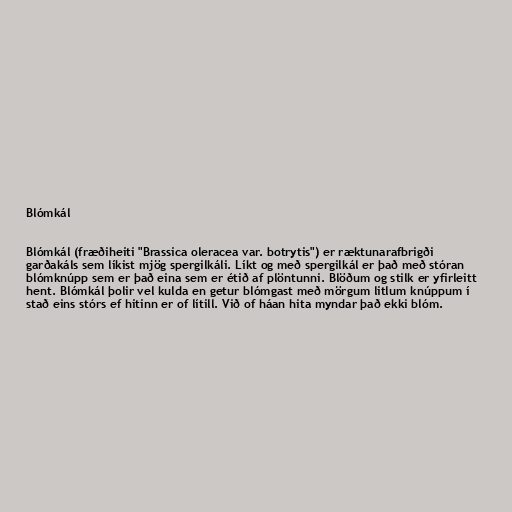
Blómkál

Blómkál (fræðiheiti "Brassica oleracea var. botrytis") er ræktunarafbrigði
garðakáls sem líkist mjög spergilkáli. Líkt og með spergilkál er það með stóran
blómknúpp sem er það eina sem er étið af plöntunni. Blöðum og stilk er yfirleitt
hent. Blómkál þolir vel kulda en getur blómgast með mörgum litlum knúppum í
stað eins stórs ef hitinn er of lítill. Við of háan hita myndar það ekki blóm.